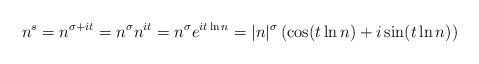
LaTeX: \begin{align*}n^s = n^{\sigma + it} = n^\sigma n^{it} = n^\sigma e^{it\ln n} = \vert n\vert^\sigma \left( \cos(t\ln n) + i \sin(t\ln n)\right)\end{align*}